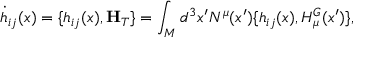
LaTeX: { } \dot { h } _ { i j } ( x ) = \{ h _ { i j } ( x ) , { \bf H } _ { T } \} = \int _ { M } d ^ { 3 } x ^ { \prime } N ^ { \mu } ( x ^ { \prime } ) \{ h _ { i j } ( x ) , H _ { \mu } ^ { G } ( x ^ { \prime } ) \} ,